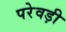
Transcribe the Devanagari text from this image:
परेवड़ी